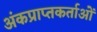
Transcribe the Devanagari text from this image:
अंकप्राप्तकर्ताओं